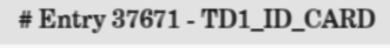
# Entry 37671 - TD1_ID_CARD